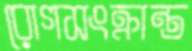
রোগসংক্রান্ত